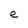
Character: e